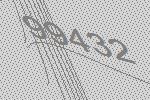
99432